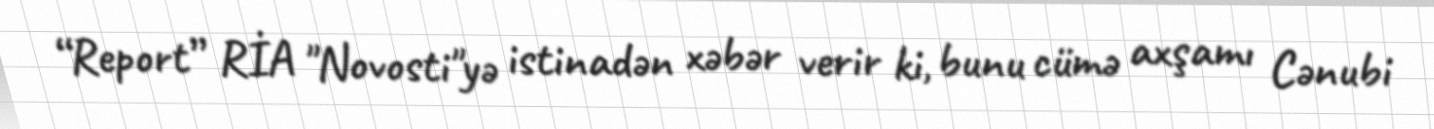
“Report” RİA "Novosti"yə istinadən xəbər verir ki, bunu cümə axşamı Cənubi